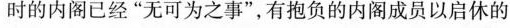
时的内阁已经”无可为之事”，有抱负的内阁成员以启休的